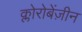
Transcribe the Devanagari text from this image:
क्लोरोबेंज़ीन